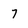
Character: 7